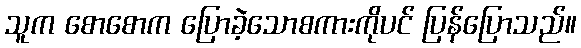
သူက စောစောက ပြောခဲ့သောစကားကိုပင် ပြန်ပြောသည်။